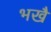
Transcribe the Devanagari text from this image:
भखै